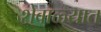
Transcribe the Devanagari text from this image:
शेवाळ्यात